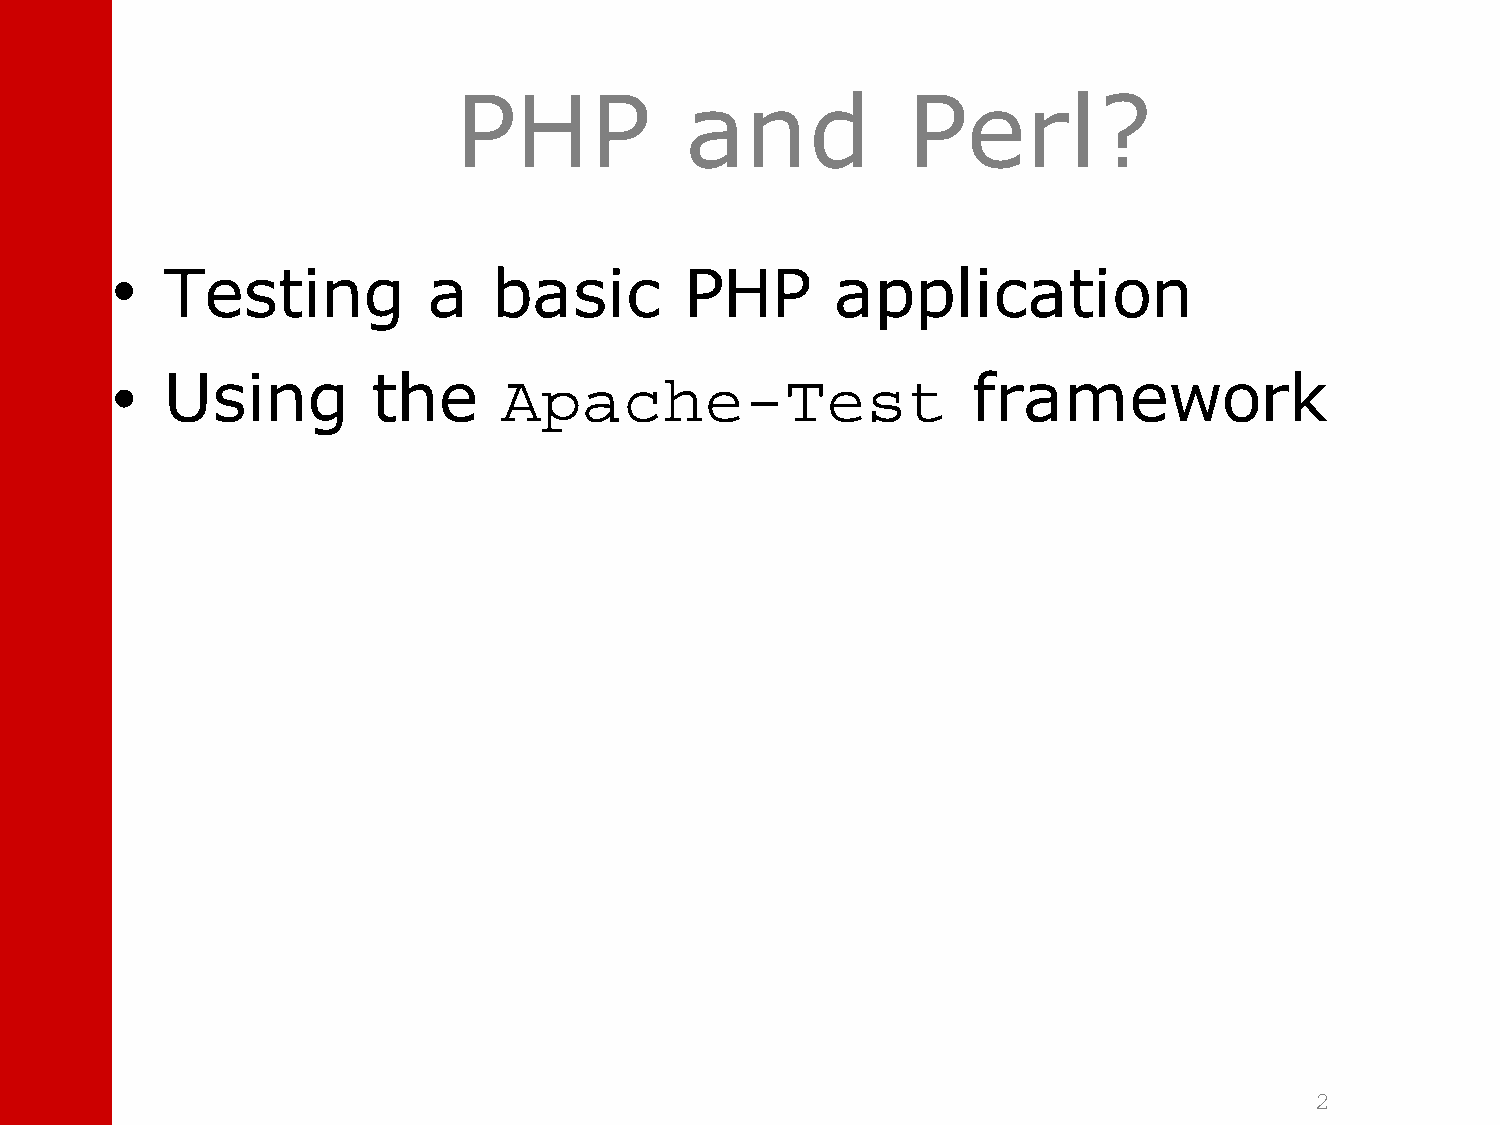
PHP            and            Perl?
 •   Testing          a    basic       PHP       application
 •   Using         the     Apache-Test                    framework
 2